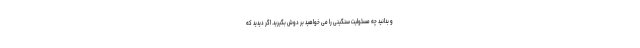
و بدانید چه مسئولیت سنگینی را می خواهید بر دوش بگیرید. اگر دیدید که